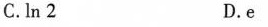
C.In 2 D.e